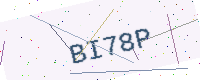
Text: BI78P